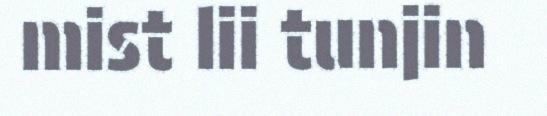
mist lii tunjin